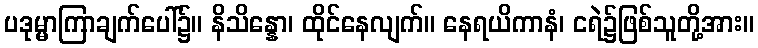
ပဒုမ္မာကြာချက်ပေါ်၌။ နိသိန္နော၊ ထိုင်နေလျက်။ နေရယိကာနံ၊ ငရဲ၌ဖြစ်သူတို့အား။